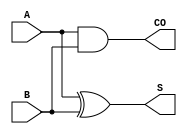
module half_adder(
                  input A,
                  input B,
                  output S,
                  output CO
                  );

   assign S = (A ^ B);
   assign CO = (A & B);

endmodule